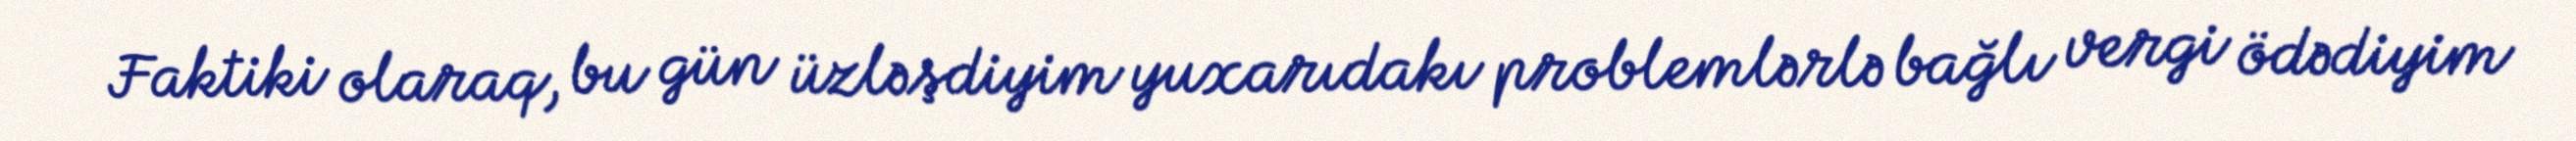
Faktiki olaraq, bu gün üzləşdiyim yuxarıdakı problemlərlə bağlı vergi ödədiyim